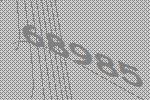
68985